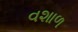
વશાળ